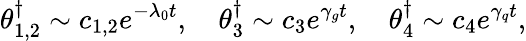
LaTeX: \theta_{1,2}^{\dagger}\sim c_{1,2}e^{-\lambda_{0}t},\quad\theta_{3}^{\dagger}\sim c_{3}e^{\gamma_{g}t},\quad\theta_{4}^{\dagger}\sim c_{4}e^{\gamma_{q}t},